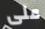
على